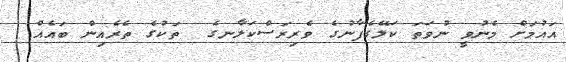
އައުމަށް މެނުވީ ނުވަތަ ކަލޭގެފާނުގެ ވެރިރަސްކަލާނގެ  ތަކުގެ ތެރެއިން ބައެއް